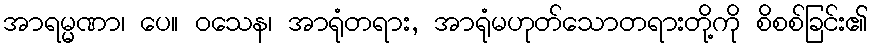
အာရမ္မဏာ၊ ပေ။ ဝသေန၊ အာရုံတရား, အာရုံမဟုတ်သောတရားတို့ကို စိစစ်ခြင်း၏